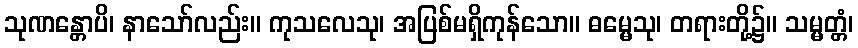
သုဏန္တောပိ၊ နာသော်လည်း။ ကုသလေသု၊ အပြစ်မရှိကုန်သော။ ဓမ္မေသု၊ တရားတို့၌။ သမ္မတ္တံ၊